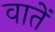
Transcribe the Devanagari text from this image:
वातें